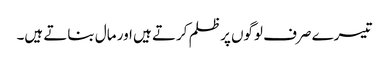
تیسرے صرف لوگوں پر ظلم کرتے ہیں اور مال بناتے ہیں۔